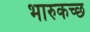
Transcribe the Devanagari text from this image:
भारुकच्छ